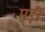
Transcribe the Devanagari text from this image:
मड़ी